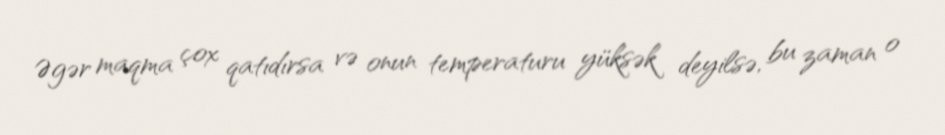
Əgər maqma çox qatıdırsa və onun temperaturu yüksək deyilsə, bu zaman o